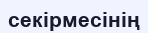
секірмесінің